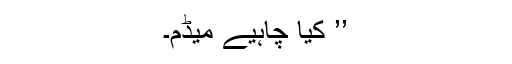
’’ کیا چاہیے میڈم۔